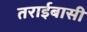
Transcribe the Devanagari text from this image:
तराईबासी